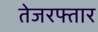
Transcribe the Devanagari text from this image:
तेजरफ्तार